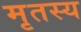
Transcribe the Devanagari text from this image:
मृतस्य